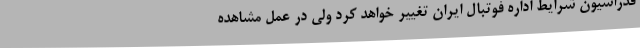
فدراسیون شرایط اداره فوتبال ایران تغییر خواهد کرد ولی در عمل مشاهده